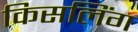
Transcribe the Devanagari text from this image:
किसलिंग